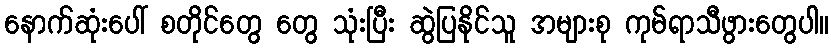
နောက်ဆုံးပေါ် စတိုင်တွေ တွေ သုံးပြီး ဆွဲပြနိုင်သူ အများစု ကုမ်ရာသီဖွားတွေပါ။